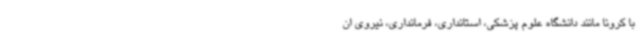
با کرونا مانند دانشگاه علوم پزشکی، استانداری، فرمانداری، نیروی ان